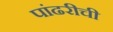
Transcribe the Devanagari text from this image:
पांढरीची